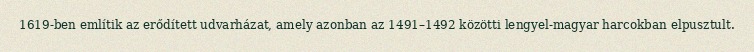
1619-ben említik az erődített udvarházat, amely azonban az 1491–1492 közötti lengyel-magyar harcokban elpusztult.